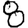
Digit: 8